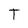
Character: T